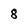
Character: 8